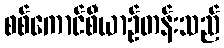
စစ်ကောင်စီယာဉ်တန်းသည်